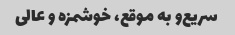
سریع‌و به موقع، خوشمزه و عالی